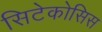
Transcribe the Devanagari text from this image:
सिटेकोसिस